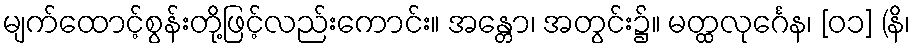
မျက်ထောင့်စွန်းတို့ဖြင့်လည်းကောင်း။ အန္တော၊ အတွင်း၌။ မတ္ထလုင်္ဂေန၊ [၀၁] (နိ၊